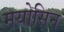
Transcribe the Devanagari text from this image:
मयोसिन